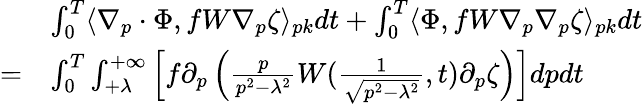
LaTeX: \begin{array}{rl}&{\int_{0}^{T}\langle\nabla_{p}\cdot\Phi,fW\nabla_{p}\zeta\rangle_{pk}dt+\int_{0}^{T}\langle\Phi,fW\nabla_{p}\nabla_{p}\zeta\rangle_{pk}dt}\\ {=}&{\int_{0}^{T}\int_{+\lambda}^{+\infty}\left[f\partial_{p}\left(\frac{p}{p^{2}-\lambda^{2}}W(\frac{1}{\sqrt{p^{2}-\lambda^{2}}},t)\partial_{p}\zeta\right)\right]dpdt}\end{array}